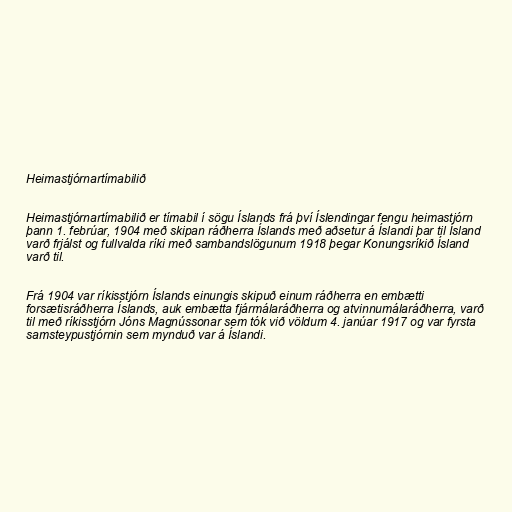
Heimastjórnartímabilið

Heimastjórnartímabilið er tímabil í sögu Íslands frá því Íslendingar fengu heimastjórn
þann 1. febrúar, 1904 með skipan ráðherra Íslands með aðsetur á Íslandi þar til Ísland
varð frjálst og fullvalda ríki með sambandslögunum 1918 þegar Konungsríkið Ísland
varð til.

Frá 1904 var ríkisstjórn Íslands einungis skipuð einum ráðherra en embætti
forsætisráðherra Íslands, auk embætta fjármálaráðherra og atvinnumálaráðherra, varð
til með ríkisstjórn Jóns Magnússonar sem tók við völdum 4. janúar 1917 og var fyrsta
samsteypustjórnin sem mynduð var á Íslandi.